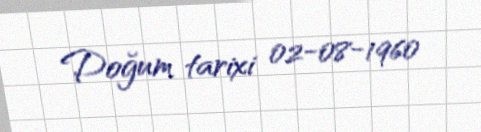
Doğum tarixi 02-08-1960